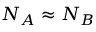
N _ { A } \approx N _ { B }